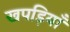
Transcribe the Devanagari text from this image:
खपड़ियाँ